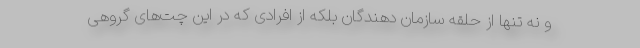
و نه تنها از حلقه سازمان دهندگان بلکه از افرادی که در این چت‌های گروهی